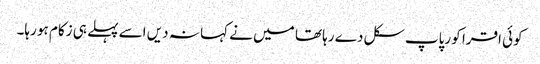
کوئی اقرا کو رپاپ سکل د ے رہا تھا میں نے کہا نہ دیں اسے پہلے ہی زکام ہو رہا۔